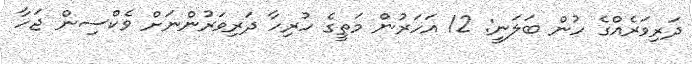
ދަރިވަރެއްގެ ހުން ބަލަނީ: 12 އަހަރުން މަތީގެ ހުރިހާ ދަރިވަރުންނަށް ވެކްސިން ޖަހާ